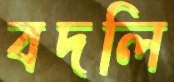
বদলি